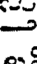
=